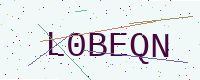
Text: L0BEQN